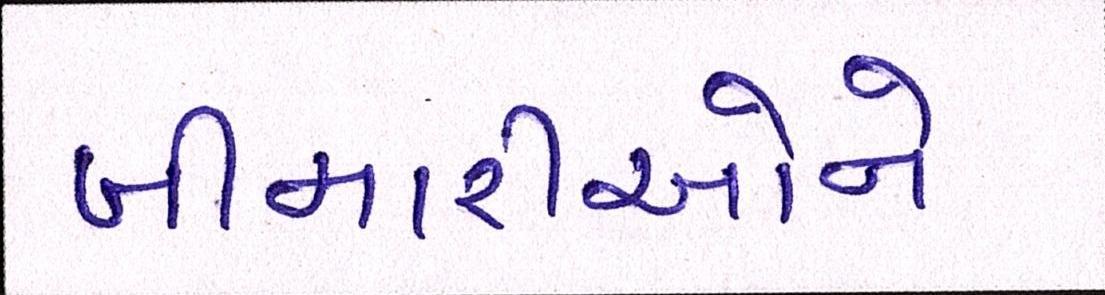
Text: બીમારીઓને